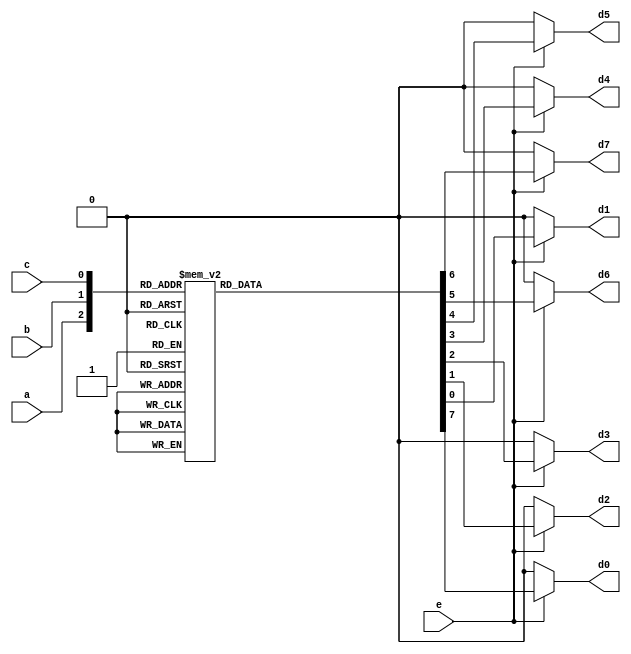
`timescale 1ns / 1ps

module decoder(
    input e,
    input a,
    input b,
    input c,
    output d0,
    output d1,
    output d2,
    output d3,
    output d4,
    output d5,
    output d6,
    output d7
    );
       
//    // Structural -- Comment when testing Behavioral
//    // Both should never be uncommented at once
    
//    // Defining wires for not signals
//    wire a_not, b_not, c_not;
//    not n0(a_not, a);
//    not n1(b_not, b);
//    not n2(c_not, c);
    
//    //Instantiating AND gates as per the schematic
//    and g0(d0, e, a_not, b_not, c_not);
//    and g1(d1, e, a_not, b_not, c);
//    and g2(d2, e, a_not, b, c_not);
//    and g3(d3, e, a_not, b, c);
//    and g4(d4, e, a, b_not, c_not);
//    and g5(d5, e, a, b_not, c);
//    and g6(d6, e, a, b, c_not);
//    and g7(d7, e, a, b, c);
    
    
    // Behavioral -- Comment when testing Structural
    // Both should never be uncommented at once
    
    // Only reg can be on the left hand side during always blocks.. 
    // Thus, we create a temporary d0_buf and assign it to d0. 
    reg d0_buf = 0;
    assign d0 = d0_buf;
    reg d1_buf = 0;
    assign d1 = d1_buf;
    reg d2_buf = 0;
    assign d2 = d2_buf;
    reg d3_buf = 0;
    assign d3 = d3_buf;
    reg d4_buf = 0;
    assign d4 = d4_buf;
    reg d5_buf = 0;
    assign d5 = d5_buf;    
    reg d6_buf = 0;
    assign d6 = d6_buf;    
    reg d7_buf = 0;
    assign d7 = d7_buf;  
                               
    always @(e, a, b, c)             
    begin
        d0_buf = 1'b0; 
        d1_buf = 1'b0; 
        d2_buf = 1'b0; 
        d3_buf = 1'b0; 
        d4_buf = 1'b0; 
        d5_buf = 1'b0;
        d6_buf = 1'b0;
        d7_buf = 1'b0;
        if(e == 1'b1)
            case({a, b, c})                   
            3'b000: d0_buf = 1;
            3'b001: d1_buf = 1;    
            3'b010: d2_buf = 1;
            3'b011: d3_buf = 1;
            3'b100: d4_buf = 1;
            3'b101: d5_buf = 1;
            3'b110: d6_buf = 1;
            3'b111: d7_buf = 1;
            default: begin
                    d0_buf = 1'b0; 
                    d1_buf = 1'b0; 
                    d2_buf = 1'b0; 
                    d3_buf = 1'b0; 
                    d4_buf = 1'b0; 
                    d5_buf = 1'b0;
                    d6_buf = 1'b0;
                    d7_buf = 1'b0;
                end
            endcase
    end
       
endmodule